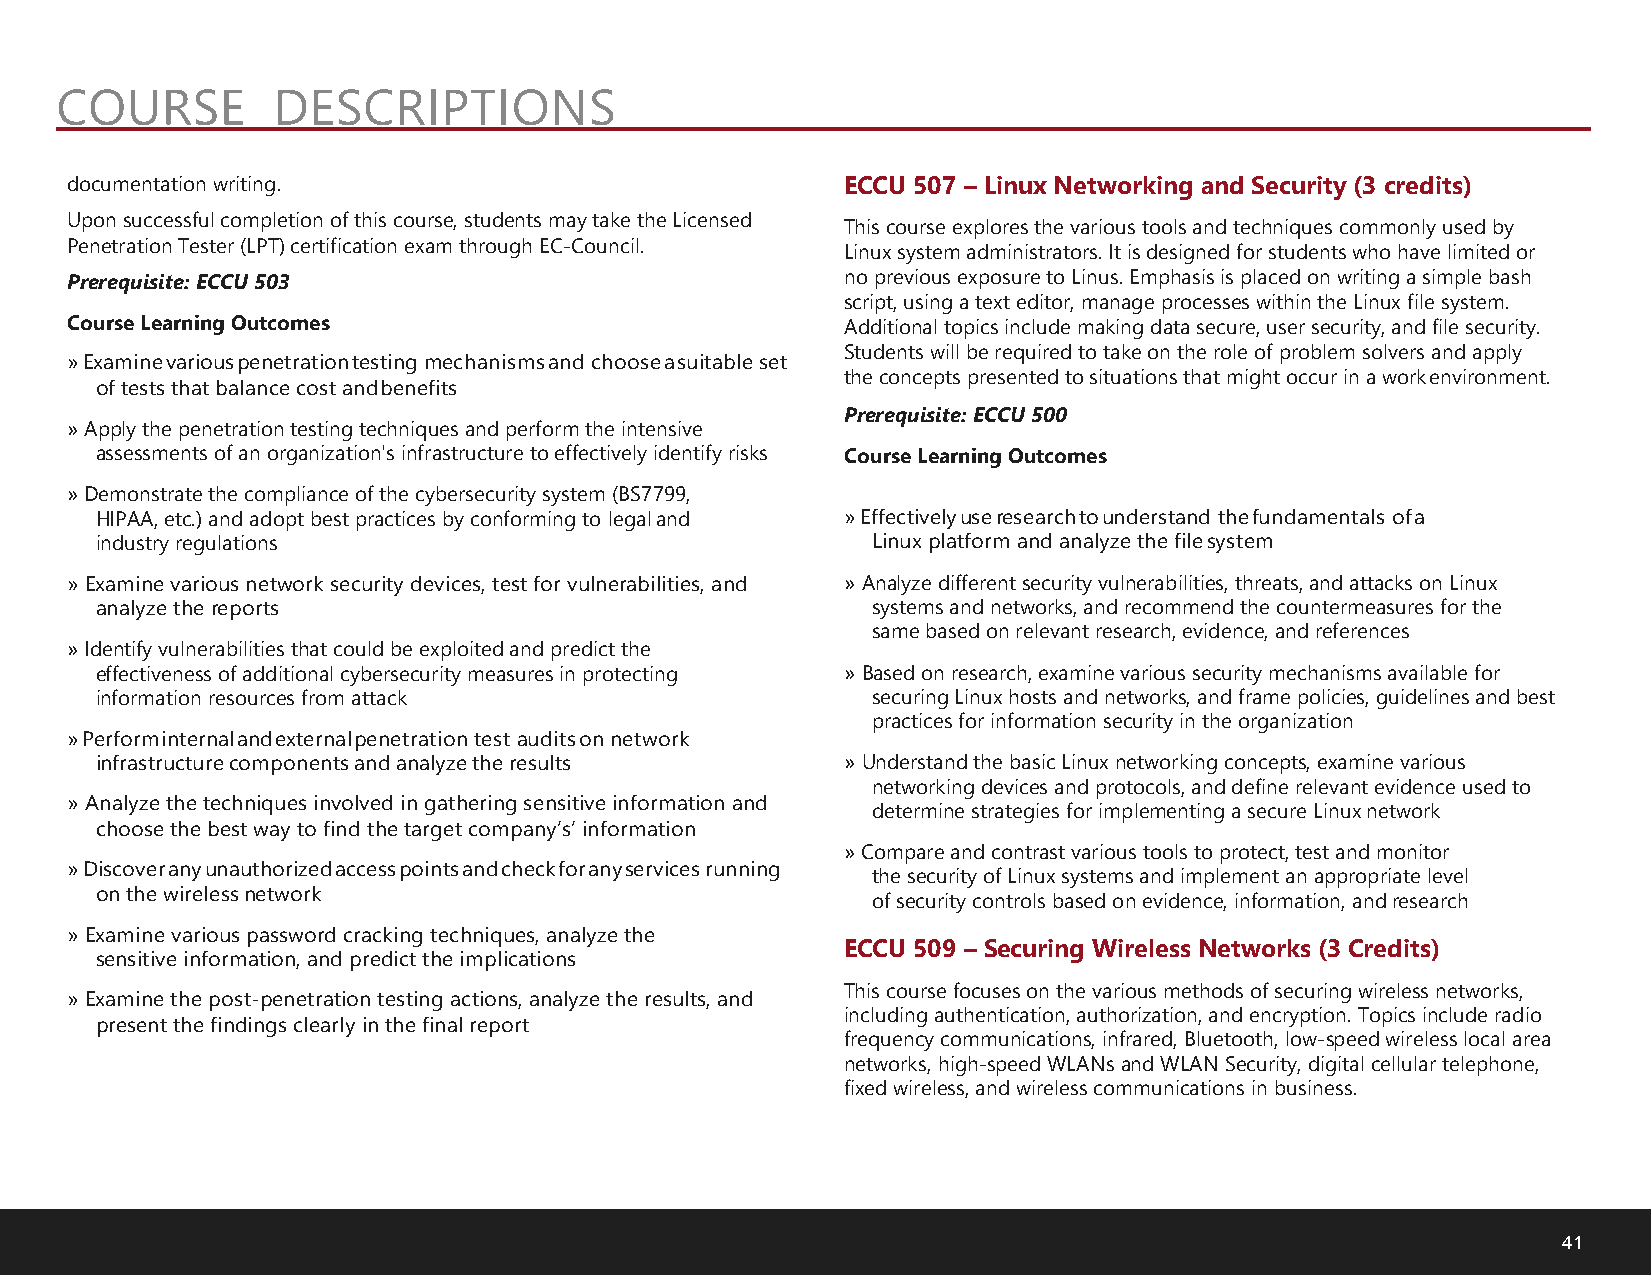
COURSE        DESCRIPTIONS
 documentation writing.                              ECCU 507 – Linux Networking and Security (3 credits)
 Upon successful completion of this course, students may take the Licensed
 This course explores the various tools and techniques commonly used by
 Penetration Tester (LPT) certification exam through EC-Council.
 Linux system administrators. It is designed for students who have limited or
 Prerequisite: ECCU 503                              no previous exposure to Linus. Emphasis is placed on writing a simple bash
 script, using a text editor, manage processes within the Linux file system.
 Course Learning Outcomes                            Additional topics include making data secure, user security, and file security.
 Students will be required to take on the role of problem solvers and apply
 » Examine various penetration testing mechanisms and choose a suitable set
 the concepts presented to situations that might occur in a work environment.
 of tests that balance cost and benefits
 Prerequisite: ECCU 500
 »Apply the penetration testing techniques and perform the intensive
 assessments of an organization's infrastructure to effectively identify risks Course Learning Outcomes
 »Demonstrate the compliance of the cybersecurity system (BS7799,
 HIPAA, etc.) and adopt best practices by conforming to legal and » Effectively use research to understand the fundamentals of a
 industry regulations                                Linux platform and analyze the file system
 »Examine various network security devices, test for vulnerabilities, and »Analyze different security vulnerabilities, threats, and attacks on Linux
 analyze the reports                                 systems and networks, and recommend the countermeasures for the
 same based on relevant research, evidence, and references
 »Identify vulnerabilities that could be exploited and predict the
 effectiveness of additional cybersecurity measures in protecting »Based on research, examine various security mechanisms available for
 information resources from attack                   securing Linux hosts and networks, and frame policies, guidelines and best
 practices for information security in the organization
 » Perform internal and external penetration test audits on network
 infrastructure components and analyze the results »Understand the basic Linux networking concepts, examine various
 networking devices and protocols, and define relevant evidence used to
 »Analyze the techniques involved in gathering sensitive information and
 determine strategies for implementing a secure Linux network
 choose the best way to find the target company’s’ information
 »Compare and contrast various tools to protect, test and monitor
 »Discover any unauthorized access points and check for any services running
 the security of Linux systems and implement an appropriate level
 on the wireless network
 of security controls based on evidence, information, and research
 »Examine various password cracking techniques, analyze the
 ECCU 509 – Securing Wireless Networks (3 Credits)
 sensitive information, and predict the implications
 This course focuses on the various methods of securing wireless networks,
 »Examine the post-penetration testing actions, analyze the results, and
 including authentication, authorization, and encryption. Topics include radio
 present the findings clearly in the final report
 frequency communications, infrared, Bluetooth, low-speed wireless local area
 networks, high-speed WLANs and WLAN Security, digital cellular telephone,
 fixed wireless, and wireless communications in business.
 41